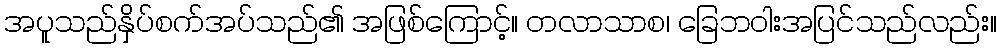
အပူသည်နှိပ်စက်အပ်သည်၏ အဖြစ်ကြောင့်။ တလာသာစ၊ ခြေဘဝါးအပြင်သည်လည်း။